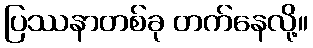
ပြဿနာတစ်ခု တက်နေလို့။